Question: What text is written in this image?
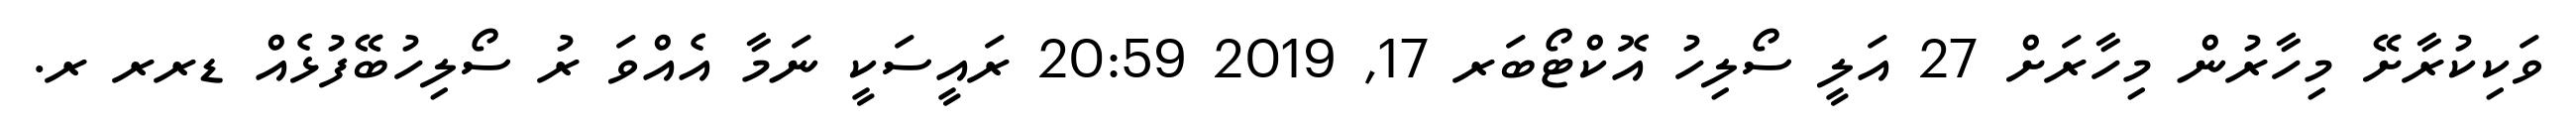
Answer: ވަކިކުރާށޭ މިހާރުން މިހާރަށް 27 އަލީ ސޯލިހު އޮކްޓޯބަރ 17, 2019 20:59 ރައީސަކީ ނަމާ އެއްވަ ރު ސޯލިހުބޭފުޅެއް ޑރރ ރ.